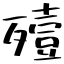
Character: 殪